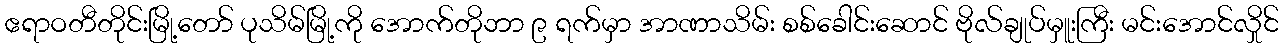
ဧရာဝတီတိုင်းမြို့တော် ပုသိမ်မြို့ကို အောက်တိုဘာ ၉ ရက်မှာ အာဏာသိမ်း စစ်ခေါင်းဆောင် ဗိုလ်ချုပ်မှူးကြီး မင်းအောင်လှိုင်